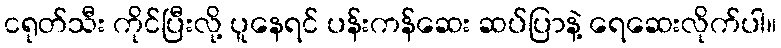
ငရုတ်သီး ကိုင်ပြီးလို့ ပူနေရင် ပန်းကန်ဆေး ဆပ်ပြာနဲ့ ရေဆေးလိုက်ပါ။